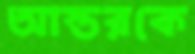
আস্তরকে